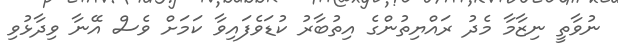
ނުވާތީ ނިޒާމާ މެދު ރައްޔިތުންގެ އިތުބާރު ކުޑަވެފައިވާ ކަމަށް ވެސް އޭނާ ވިދާޅުވި